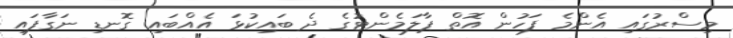
މިސްރުގައި އެންމެ ފަހުން އޮތް ޕާލަމެންޓުގެ ދެ ބައިކުޅަ އެއްބައި ގޮނޑި ނަގާފައި